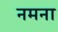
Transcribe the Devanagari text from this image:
नमना